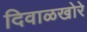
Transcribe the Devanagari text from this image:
दिवाळखोरे